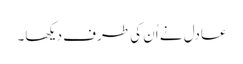
عادل نے اُن کی طرف دیکھا۔